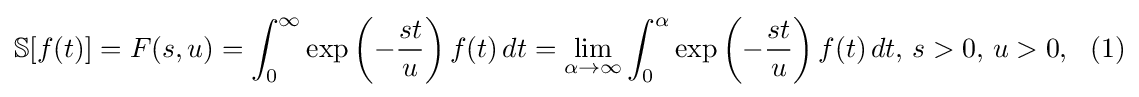
\mathbb {S} [f(t)]=F(s,u)=\int _{0}^{\infty }\exp \left(-{\frac {st}{u}}\right)f(t)\,dt=\lim _{\alpha \rightarrow \infty }\int _{0}^{\alpha }\exp \left(-{\frac {st}{u}}\right)f(t)\,dt,\,s>0,\,u>0,\,\,\,\,(1)